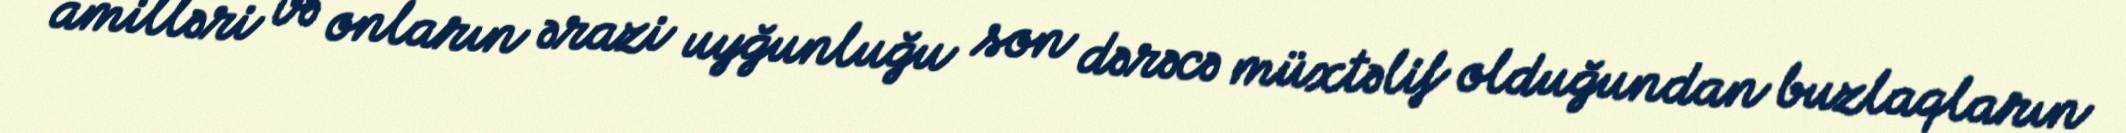
amilləri və onların ərazi uyğunluğu son dərəcə müxtəlif olduğundan buzlaqların